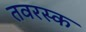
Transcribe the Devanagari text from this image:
तवरस्क